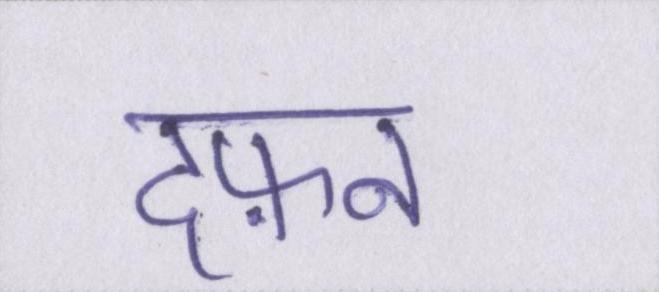
दफ़न